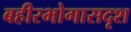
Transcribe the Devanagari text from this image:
बहीरभोगासदृश